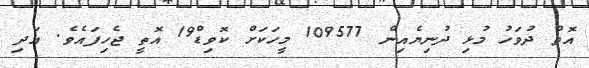
އޮތް ދުވަހު މުޅި ދުނިޔެއިން 109577 މީހަކަށް ކޮވިޑް19 އޮތީ ޖެހިފައެވެ. އަދި